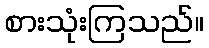
စားသုံးကြသည်။